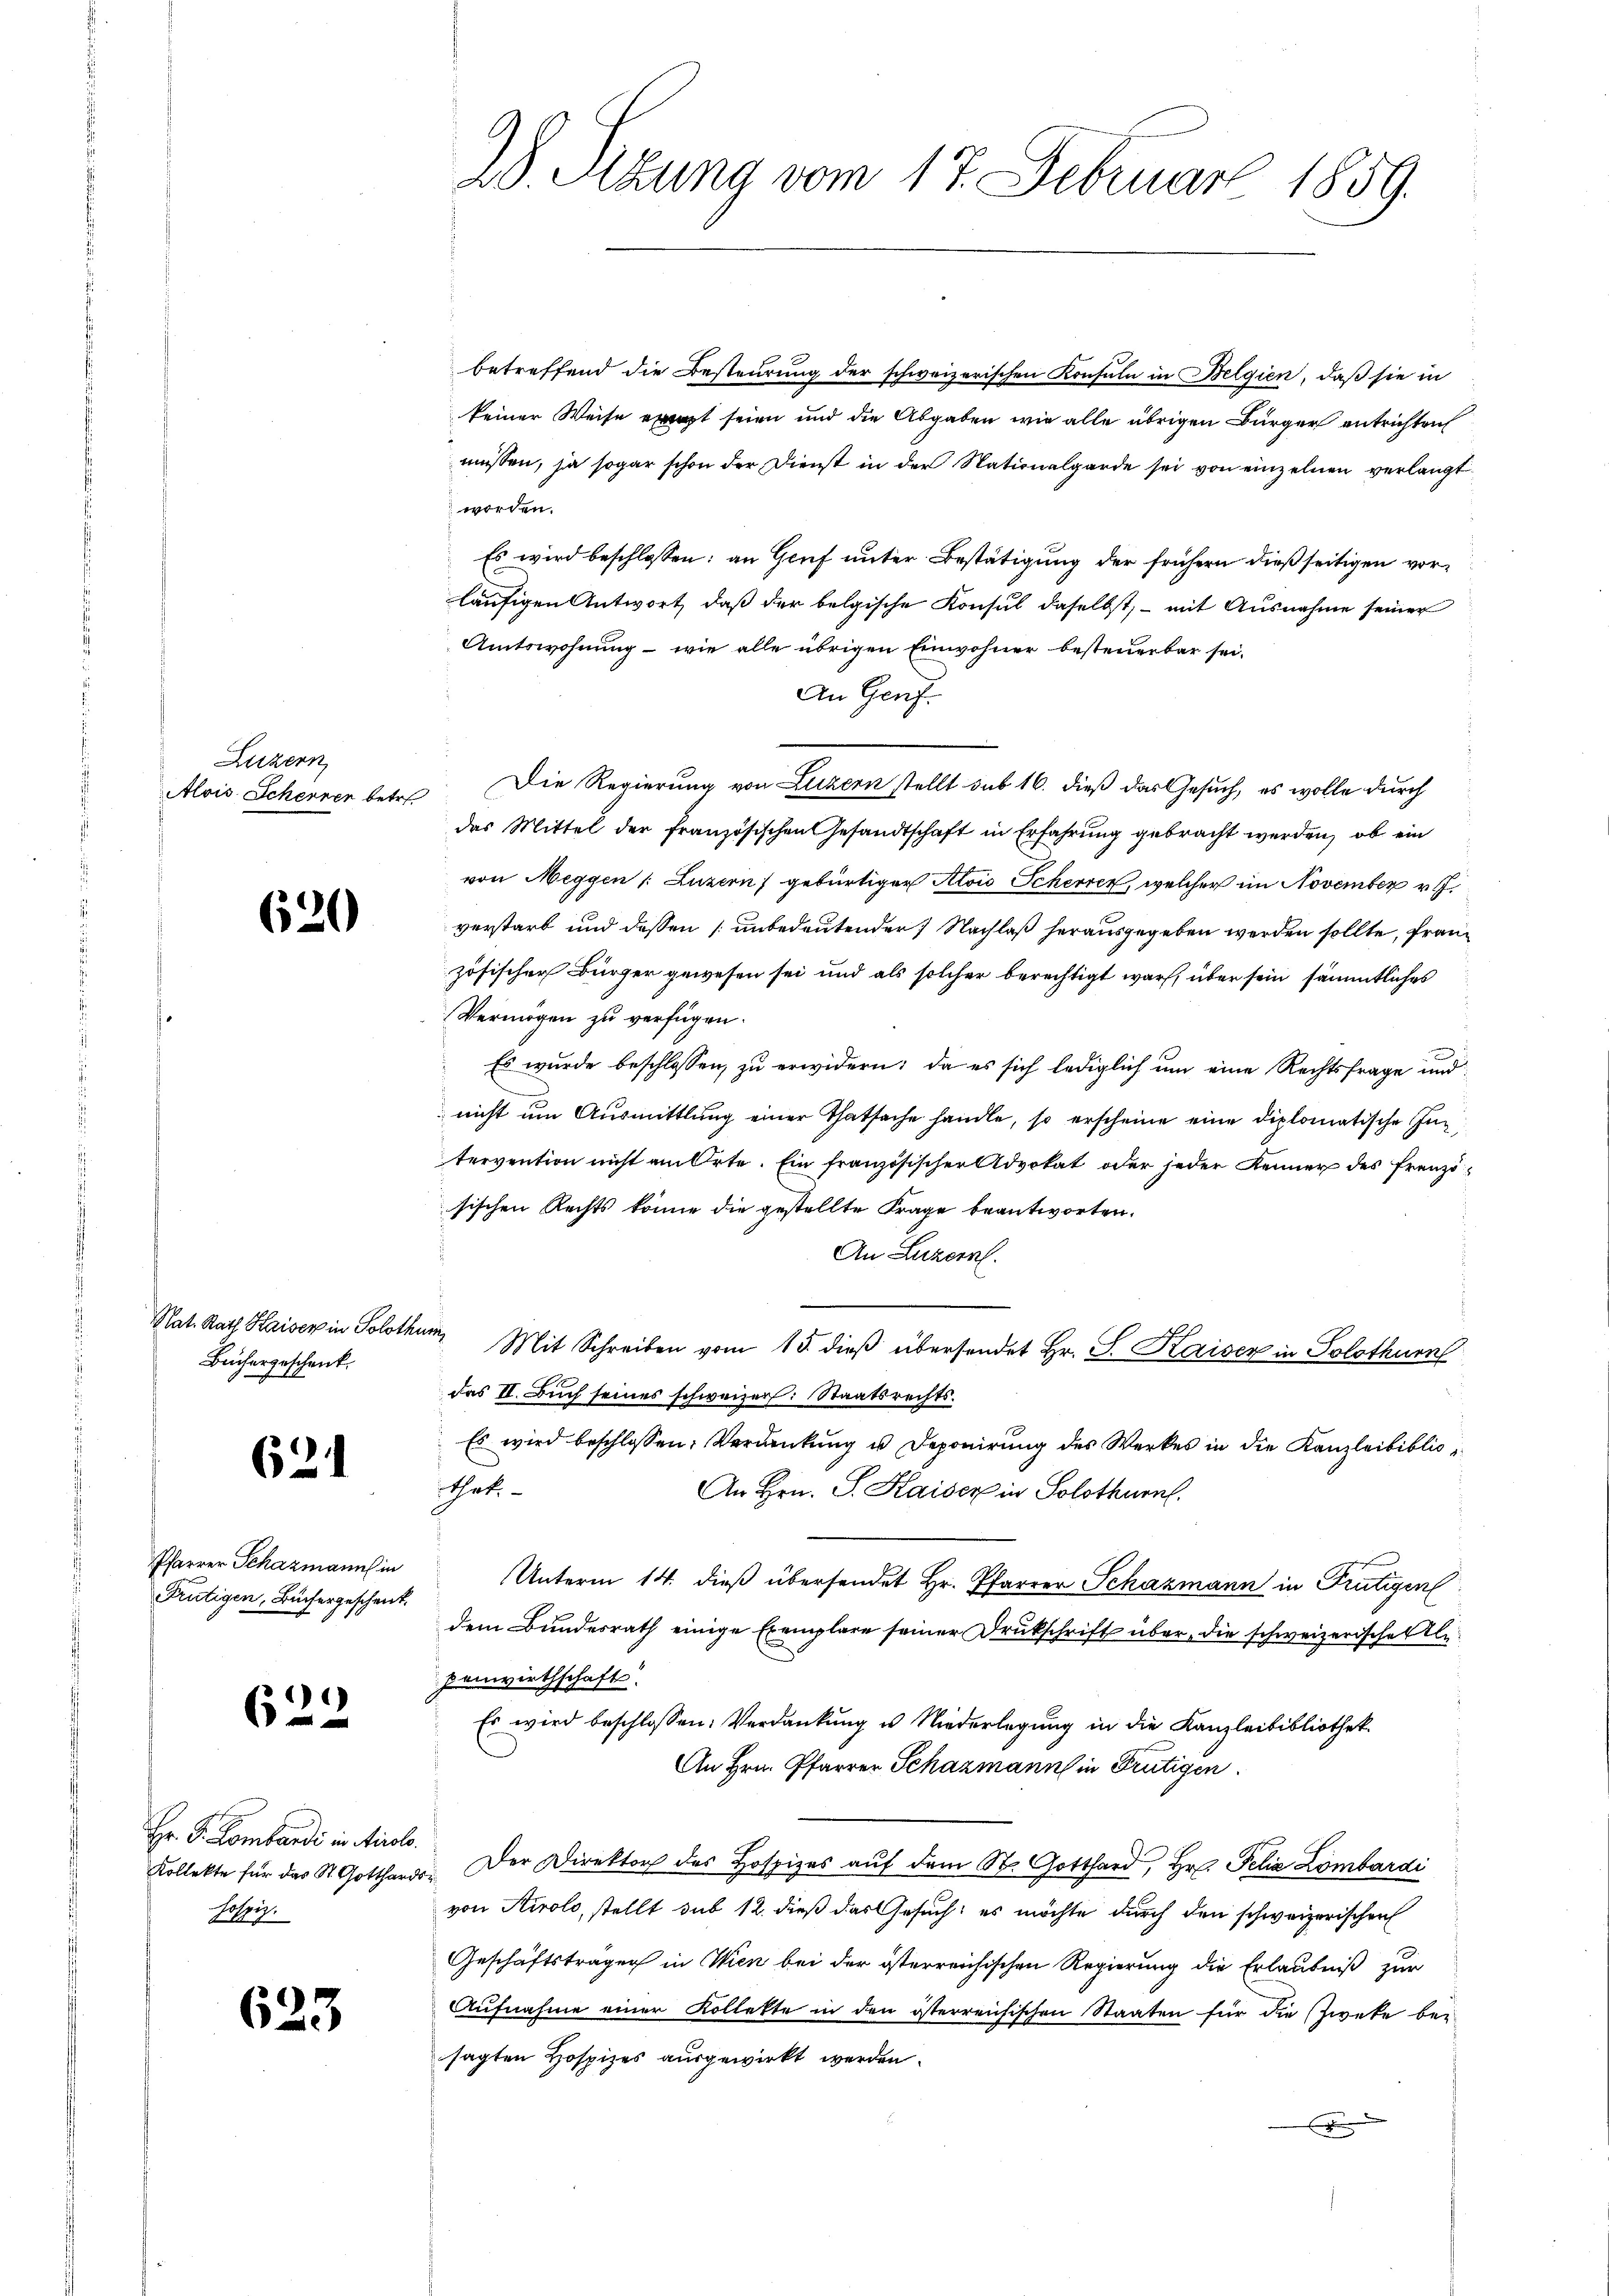
Luzern
Alois Scherren betr

620

Nat. Rath Haiser in Soloth
Büchergeschenk

621

Pfarrer Schazmann in
Frutigen, Büchergeschent

622

Hr. P. Kombardi in Airolo.
Kollekte für das St. Gotthard
hospiz.

623

28 Sizung vom 17. Februar 1859.

betreffend die Besteurung der schweizerischen Konsuln in Belgien, daß sie in
keiner Weise exerzt seien und die Abgaben wie alle übrigen Bürger entrichten
müssen, ja sogar schon der Dienst in der Nationalgarde sei von einzelnen verlangt
worden.
Es wird beschlossen: an Genf unter Bestätigung der frühern dießseitigen vorläufigen Antwort, daß der belgische Konsul daselbst, – mit Ausnahme seiner
Amtswohnung - wie alle übrigen Einwohner besteuerbar sei¬
An Genf
Die Regierung von Luzern stellt sub 16. dieß das Gesuch, es wolle durch
das Mittel der französischen Gesandtschaft in Erfahrung gebracht werden, ob ein
von Meggen (Luzern) gebürtiger Alois Scherrer, welcher im November rf.
verstarb und dessen [unbedeutender Nachlaß herausgegeben werden sollte, französischer Bürger gewesen sei und als solcher berechtigt war, über sein sämmtliches
Vermögen zu verfügen.
Es wurde beschlossen, zu erwidern: da es sich lediglich um eine Rechtsfrage und
 nicht um Ausmittlung einer Thatsache handle, so erscheine eine diplomatische Intervention nicht am Orte. Ein französischer Advokat oder jeder Kenner des Französischen Rechts könne die gestellte Frage beantworten.
An Luzern.
um Mit Schreiben vom 15. dieβ übersendet Hr. S. Kaiser in Solothurn
das II. Buch seines schweizer: Staatsrechts¬
Es wird beschlossen: Verdankung u. Deponirung des Werkes in die Kanzleibibliothek.
An Hrn. J. Kaiser in Solothurn.
Unterm 14. dieß übersendet Hr. Pfarrer Schazmann in Frutigen
dem Bundesrath einige Exemplare seiner Drukschrift über die schweizerischen Klepenwirthschaft.
Es wird beschlossen: Verdankung u Niederlegung in die Kanzleibibliothek
An Hrn. Pfarrer Schazmann in Frutigen
 Der Direktor des Hospizes auf dem St. Gotthard, Hr. Pelia Lombardi
von Airolo, stellt sub 12. dieß das Gesuch: es möchte durch den schweizerischen
Geschäftsträger in Wien bei der österreichischen Regierung die Erlaubniß zur
Aufnahme einer Kollekte in den österreichischen Staaten für die Zweke be-
sagten Hospizes ausgewirkt werden.